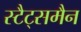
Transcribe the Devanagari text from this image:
स्टैट्समैन